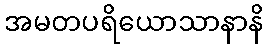
အမတပရိယောသာနာနိ